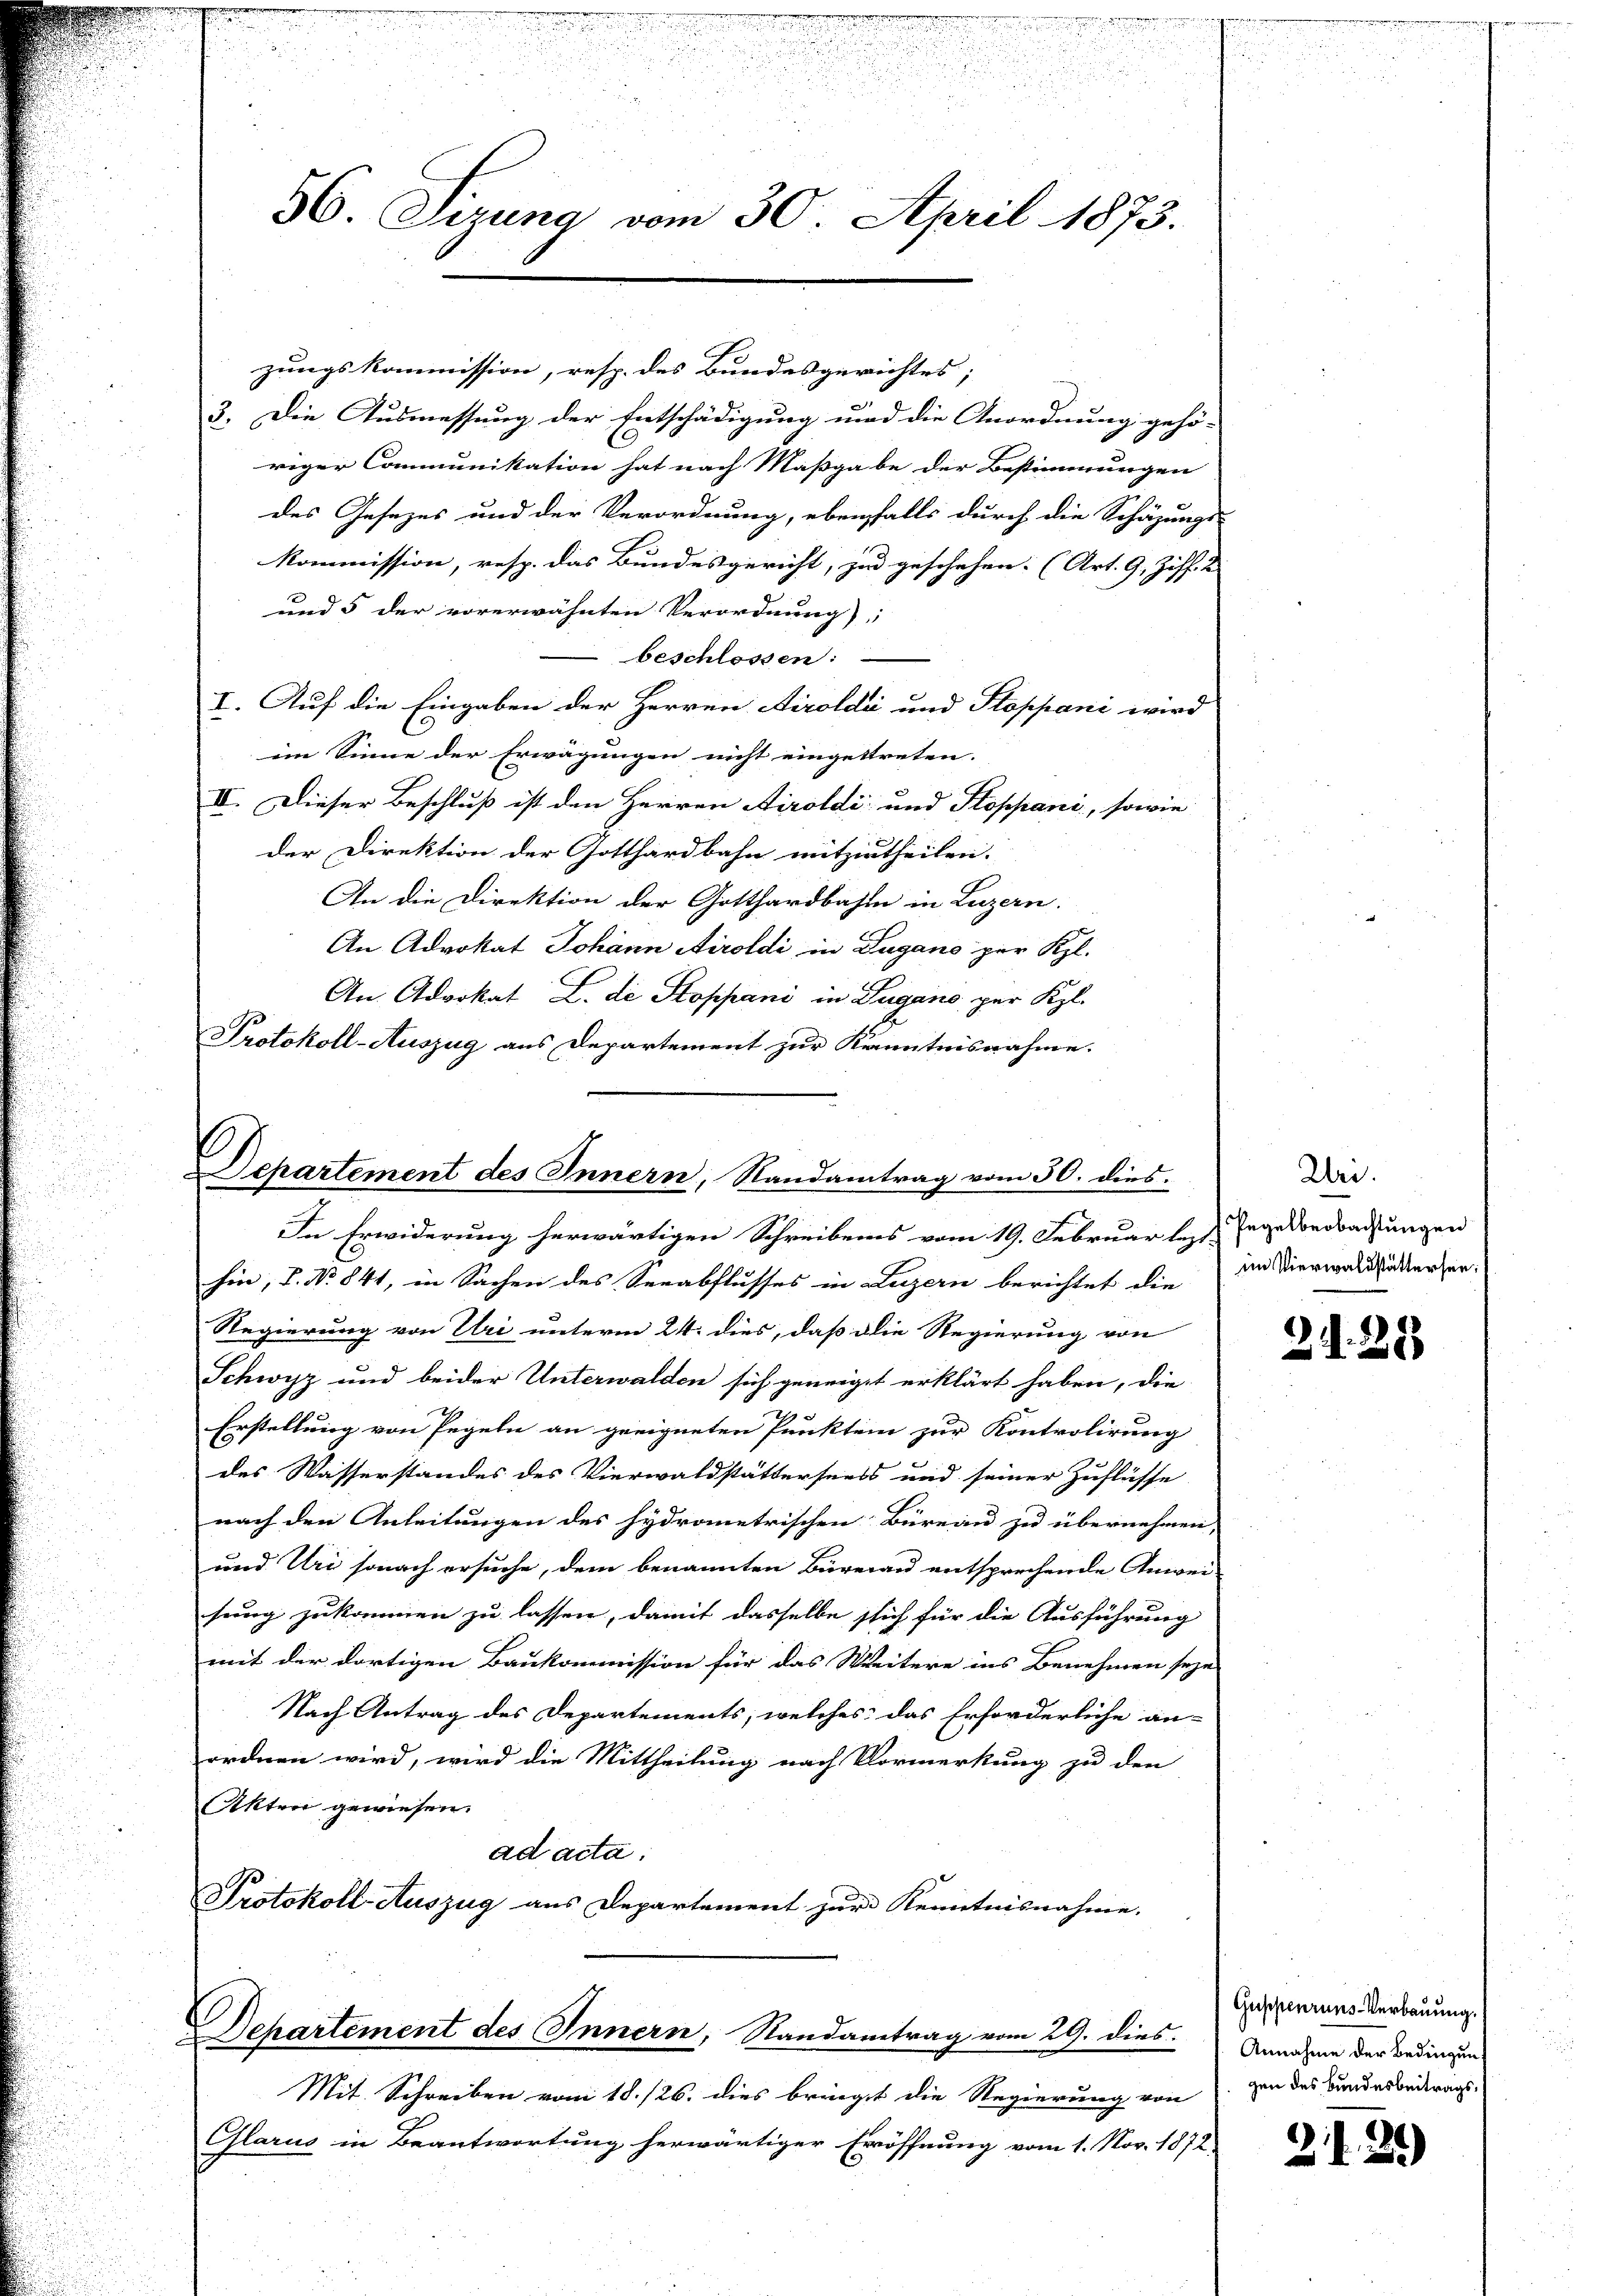
zungskommission, resp. des Bundesgerichtes;
3. Die Ausmessung der Entschädigung und die Anordnung gehö-
riger Communikation hat nach Maßgabe der Bestimmungen
des Gesezes und der Verordnung, ebenfalls durch die Schätzungs-
Kommission, resp. das Bundesgericht, zu geschehen. (Art. 9, Ziff. 2
und 5 der vorerwähnten Verordnung;
beschlossen:
I. Auf die Eingaben der Herren Airoldi und Stoppani wird
ein Sinne der Erwägungen nicht eingettreten. |
IV. Dieser Beschluß ist den Herren Airoldi und Stoppani, sowie
der Direktion der Gotthardbahn mitzutheilen.
An die Direktion der Gotthardbahn in Luzern.
An Advokat Johann Airoldi in Lugano per Kl.
An Advokat L. die Stoppani in Lugano per Kl.
Protokoll-Auszug aus Departement zur Kenntnisnahme.

Departement des Innern, Randantrag vom 30. dies.
In Erwiderung herwärtigen Schreibens vom 19. Februar les Tage beobachtungen

.
e
u
¬
56. Sizung vom 30. April 1873.

hin, V. No 841, in Sachen des Seeabflusses in Luzern berichtet die
Regierung von Uri unterm 24. dies, daß die Regierung von
Schwyz und beider Unterwalden sich geneigt erklärt haben, die
Erstellung von Pegeln an geeigneten Punkten zur Kontrolirung
des Wasserstandes des Vierwaldstätterseess und seiner Zuflüsse
nach den Anleitungen des hydrometrischen Büreau zu übernehmen, |
und Uri sonach ersuche, dem benannten Büreau entsprechende Anwei-
sung zukommen zu lassen, damit dasselbe sich für die Ausführung
mit der dortigen Baukommission für das Weitere ins Benehmen seye
Nach Antrag des Departements, welches das Erforderliche an-
ordnen wird, wird die Mittheilung nach Vormerkung zu den
Akten gewiesen.
ad acta:
Protokoll- Auszug aus Departement zur Kenntnisnahme.

Departement des Innern, Randantrag vom 29. dies

Un.
im Vierwaldstättersen

Mit Schreiben vom 18./26. dies bringt die Regierung von
Glarus in Beantwortung herwärtiger Eröffnung vom 1. Nov. 1872

21.28

Guppenruns-Verbauung.
Annahme der Bedingung
gen des Bundesbeitrags,

21. 2.)